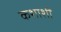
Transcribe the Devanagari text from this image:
कशाशीं